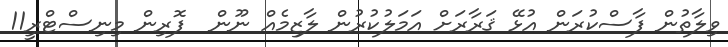
ވިލާތުން ފާސްކުރަން އުޅޭ ޤަރާރަށް އަމަލުކުރުން ލާޒިމެއް ނޫން  ފޮރިން މިނިސްޓްރީ11